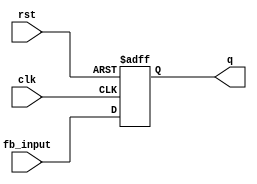
module feedback_register #(
    parameter WIDTH = 4  // Define the width of the register (e.g., 4 bits)
)(
    input wire clk,           // Clock signal
    input wire rst,           // Asynchronous reset signal
    input wire [WIDTH-1:0] fb_input, // Feedback input signal
    output reg [WIDTH-1:0] q  // Output register
);

// Sequential logic for the feedback register
always @(posedge clk or posedge rst) begin
    if (rst) begin
        q <= {WIDTH{1'b0}}; // Reset the register to 0
    end else begin
        q <= fb_input;      // Update the register with the feedback input
    end
end

endmodule